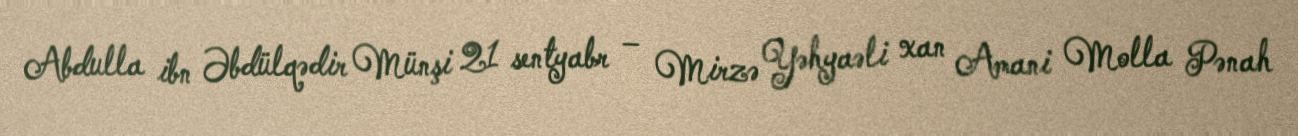
Abdulla ibn Əbdülqədir Münşi 21 sentyabr – Mirzə Yəhyaəli xan Amani Molla Pənah